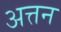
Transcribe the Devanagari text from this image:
अत्तन